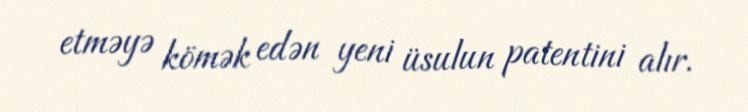
etməyə kömək edən yeni üsulun patentini alır.